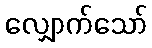
လျှောက်သော်